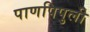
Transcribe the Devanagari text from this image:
पाणपिपुली